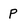
Character: P